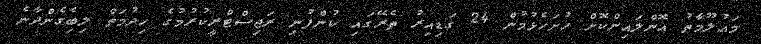
މައުލޫމާތު އޮންލައިންކޮށް ހުށަހެޅުމުން 24 ގަޑިއިރު ތެރޭގައި ކުންފުނި ރަޖިސްޓްރީކުރުމުގެ ހިދުމަތް ލިބެިގެންދާނެ